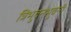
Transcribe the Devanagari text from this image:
त्रिभुवनभुवनी